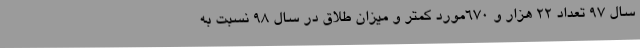
سال 97 تعداد 22 هزار و 670مورد کمتر و میزان طلاق در سال 98 نسبت به